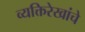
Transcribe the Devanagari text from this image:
व्यक्तिरेखांचे